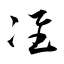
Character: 准